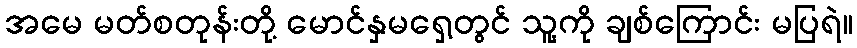
အမေ မတ်စတုန်းတို့ မောင်နှမရှေ့တွင် သူ့ကို ချစ်ကြောင်း မပြရဲ။